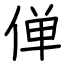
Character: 𫢸